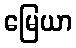
မြေယာ